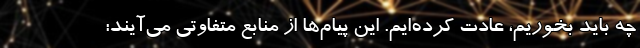
چه باید بخوریم، عادت کرده‌ایم. این پیام‌ها از منابع متفاوتی می‌آیند: